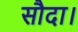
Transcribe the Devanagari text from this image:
सौदा।